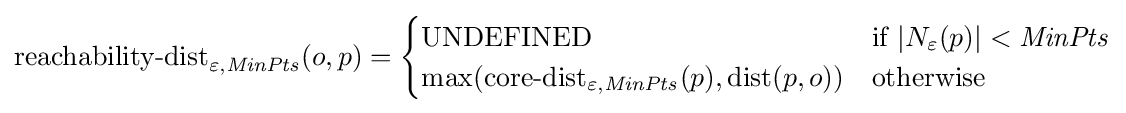
{\text{reachability-dist}}_{\mathit {\varepsilon ,MinPts}}(o,p)={\begin{cases}{\text{UNDEFINED}}&{\text{if }}|N_{\varepsilon }(p)|<{\mathit {MinPts}}\\\max({\text{core-dist}}_{\mathit {\varepsilon ,MinPts}}(p),{\text{dist}}(p,o))&{\text{otherwise}}\end{cases}}